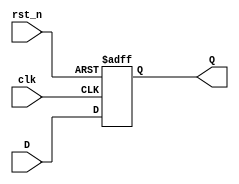
module DFF(clk, rst_n, Q, D);
    parameter width = 4;
    parameter init = 0;

    input clk, rst_n;

    input [width-1:0]D;
    output reg [width-1:0]Q;

    always@(posedge clk or posedge rst_n)begin
        if(rst_n)begin
            Q <= init;
        end else begin
            Q <= D;
        end
    end
endmodule


module Seven_Segment_display_decoder(BCD,DISPLAY);
    input [3:0] BCD;
    output reg [6:0] DISPLAY;

    always @* begin
        case (BCD)
            4'd0: DISPLAY = 7'b1000000;
            4'd1: DISPLAY = 7'b1111001;
            4'd2: DISPLAY = 7'b0100100;
            4'd3: DISPLAY = 7'b0110000;
            4'd4: DISPLAY = 7'b0011001;
            4'd5: DISPLAY = 7'b0010010;
            4'd6: DISPLAY = 7'b0000010;
            4'd7: DISPLAY = 7'b1111000;
            4'd8: DISPLAY = 7'b0000000;
            4'd9: DISPLAY = 7'b0010000;
            default: DISPLAY = 7'b1111111;
        endcase
    end
endmodule

module Seven_Segment_display(clk,reset,BCD,DIGIT,DISPLAY_OUT);
    input clk;
    input reset;
    input [15:0] BCD;
    output reg [3:0] DIGIT;
    output reg [6:0] DISPLAY_OUT;

    wire [6:0] DISPLAY [3:0];
    /*  Seven Segment Display  */
    Seven_Segment_display_decoder SSDD0(BCD[3:0],DISPLAY[0]);
    Seven_Segment_display_decoder SSDD1(BCD[7:4],DISPLAY[1]);
    Seven_Segment_display_decoder SSDD2(BCD[11:8],DISPLAY[2]);
    Seven_Segment_display_decoder SSDD3(BCD[15:12],DISPLAY[3]);


    wire [2:0] curr_count;
    reg [2:0] next_count;
    DFF #(3,3'd0) SEG7DFF(clk,reset,curr_count,next_count);
    always @(*) begin
        case (curr_count)
            2'b00:begin
                next_count = 2'b01;
                DIGIT = 4'b1110;
                DISPLAY_OUT = DISPLAY[0];
            end
            2'b01:begin
                next_count = 2'b10;
                DIGIT = 4'b1101;
                DISPLAY_OUT = DISPLAY[1];
            end
            2'b10:begin
                next_count = 2'b11;
                DIGIT = 4'b1011;
                DISPLAY_OUT = DISPLAY[2];
            end
            2'b11:begin
                next_count = 2'b00;
                DIGIT = 4'b0111;
                DISPLAY_OUT = DISPLAY[3];
            end
        endcase
    end
endmodule